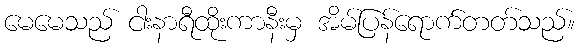
မေမေသည် ငါးနာရီထိုးကာနီးမှ အိမ်ပြန်ရောက်တတ်သည်။